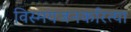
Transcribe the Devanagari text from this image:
विस्मयजनकरित्या